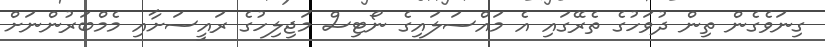
ގިނަވެގެން ތިން ދުވަހުގެ ތެރޭގައި އެ މައްސަލައިގެ ނޯޓިސް މަޖިލިހުގެ ރައީސަށާއި މެމްބަރުންނަށް